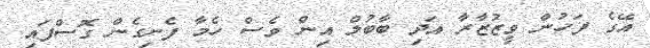
އޭގެ ފަހުން ވީޒުޒާރާ އަދި ބާބުލް އިން ވެސް ހެމާ ފެނިގެން ގޮސްފައި